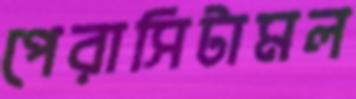
পেরাসিটামল